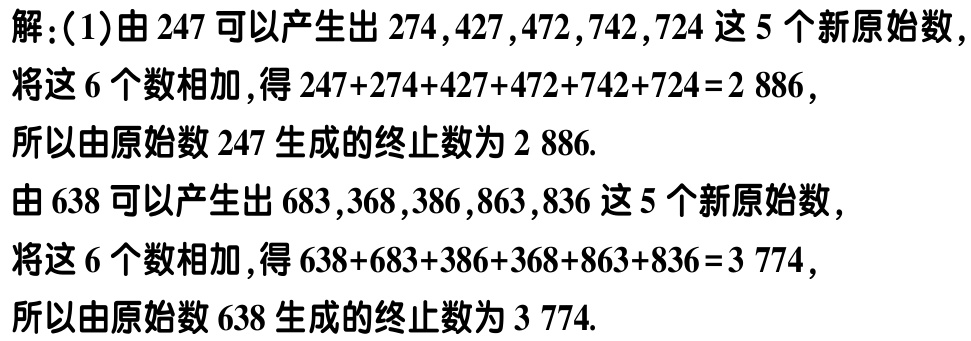
解：(1)由 \(247\) 可以产生出 \(274,427,472,742,724\) 这 \(5\) 个新原始数，
将这 \(6\) 个数相加，得 \(247 + 274+427 + 472+742+724 = 2886\)，
所以由原始数 \(247\) 生成的终止数为 \(2886\).
由 \(638\) 可以产生出 \(683,368,386,863,836\) 这 \(5\) 个新原始数，
将这 \(6\) 个数相加，得 \(638+683 + 386+368+863+836 = 3774\)，
所以由原始数 \(638\) 生成的终止数为 \(3774\).